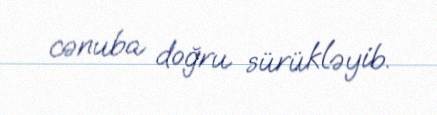
cənuba doğru sürükləyib.